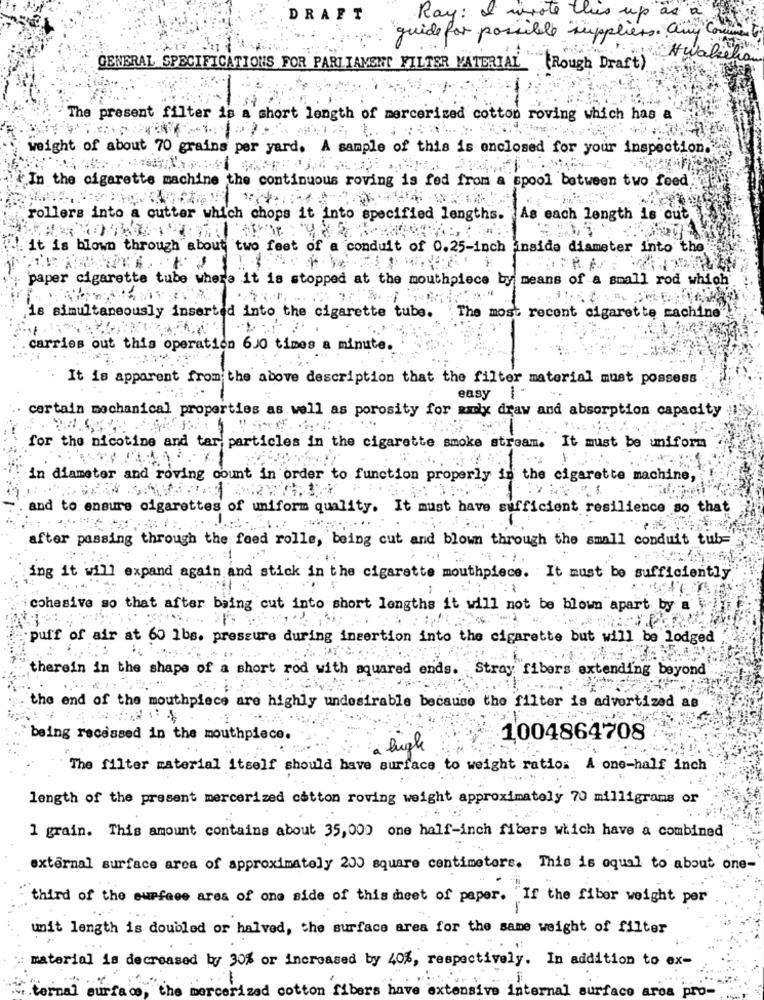
DRAFT
Ray: I wrote this up as a
guide for possible suppliers. any Comme
Hwaletian
GENERAL SPECIFICATIONS FOR PARLIAMENT FILTER MATERIAL (Rough Draft).
The present filter is a short length of mercerized cotton roving which has a
weight of about 70 grains per yard. A sample of this is enclosed for your inspection."
In the cigarette machine
CO
uous roving is fed from a spool between two feed
llers into a cutter which chops it into specified lengths.
As each length is out
It is blown through about two feet of e
conduit of 0.25-inch inside diameter into the
paper cigarette tube where it is stopped at the mouthpiece by means of a small rod which
18 simultaneously inserted into the cigarette tube. The most recent cigarette machine
carries out this operation 6J0 times a minute.
It is apparent from the above description that the filter material must possess
easy
-
certain mechanical properties as well as porosity for amix draw and absorption capacity
. ..
for the nicotine and tar particles in the cigarette smoke stream.
It must be uniform
in diameter and roving count in order to function properly in the cigarette machine,
and to ensure cigarettes of uniform quality. It must have sufficient resilience so that
after passing through the feed rolle, being cut and blown through the small conduit tub=
ing it will expand again and stick in the cigarette mouthpiece. It must be sufficiently
cohesive so that after being cut into short lengths it will not be blown apart by a
puff of air at 60 1bs. pressure during insertion into the cigarette but will be lodged
therein in the shape of a short rod with aquared ends.
Stray fibers extending beyond
the end of the mouthpiece are highly undesirable because the filter is advertized at
being recessed in the mouthpiece.
1004864708
: bugle
The filter material itself should have surface to weight ratios A one-half inch
length of the present mercerized cotton roving weight approximately 70 milligrams or
1 grain. This amount contains about 35,000 one half-inch fibers which have a combined
external surface area of approximately 200 square centimeters. This is oqual to about one-
third of the surface area of one side of this cheet of paper. If the fiber weight per
unit length is doubled or halved, the surface area for the same weight of filter
material is decreased by 30% or increased by 40%, respectively. In addition to ex-
mercerized cotton fibers have extensive internal surface area pro-